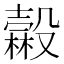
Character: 𣫓